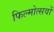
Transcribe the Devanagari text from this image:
फिल्मोत्सवों